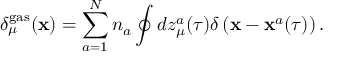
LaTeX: \delta _ { \mu } ^ { \mathrm { g a s } } ( { \bf x } ) = \sum _ { a = 1 } ^ { N } n _ { a } \oint d z _ { \mu } ^ { a } ( \tau ) \delta \left( { \bf x } - { \bf x } ^ { a } ( \tau ) \right) .